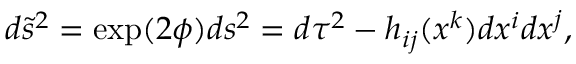
d \tilde { s } ^ { 2 } = \exp ( 2 \phi ) d s ^ { 2 } = d \tau ^ { 2 } - h _ { i j } ( x ^ { k } ) d x ^ { i } d x ^ { j } ,